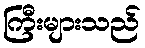
ကြီးများသည်